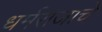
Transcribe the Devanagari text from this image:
धर्मराजाचे